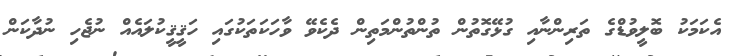
އެކަމަކު ބޮލީވުޑްގެ ތަރިންނާއި ގުޅޭގޮތުން ތުންތުންމަތިން ދެކެވޭ ވާހަކަތަކުގައި ހަޤީޤީކުލައެއް ނުޖެހި ނުދާކަން